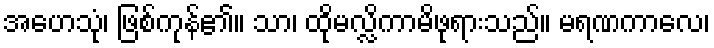
အဟေသုံ၊ ဖြစ်ကုန်၏။ သာ၊ ထိုမလ္လိကာမိဖုရားသည်။ မရဏကာလေ၊